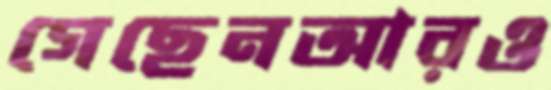
গেছেনআরও